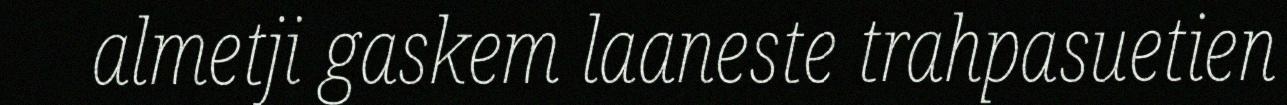
almetji gaskem laaneste trahpasuetien